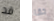
قد حقا